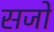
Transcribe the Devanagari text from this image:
सजो